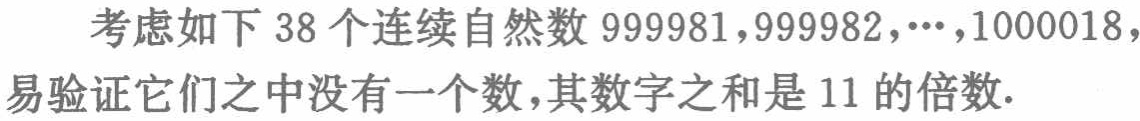
考虑如下 38 个连续自然数 \(999981,999982,\cdots,1000018\)，易验证它们之中没有一个数，其数字之和是 11 的倍数.